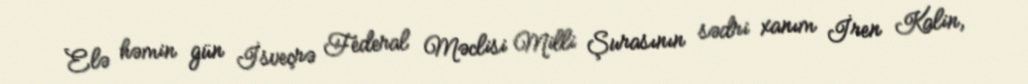
Elə həmin gün İsveçrə Federal Məclisi Milli Şurasının sədri xanım İren Kalin,